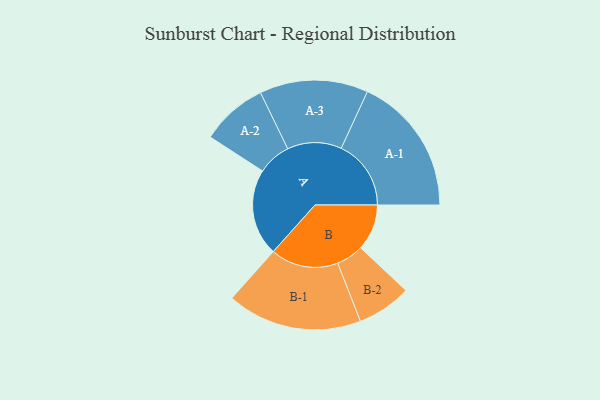
{"axis": {"x": "Segment", "y": "Value"}, "legend": ["", "A", "B"], "data": [{"x": "A", "y": 357, "type": ""}, {"x": "B", "y": 190, "type": ""}, {"x": "A-1", "y": 287, "type": "A"}, {"x": "A-2", "y": 137, "type": "A"}, {"x": "A-3", "y": 223, "type": "A"}, {"x": "B-1", "y": 278, "type": "B"}, {"x": "B-2", "y": 112, "type": "B"}]}